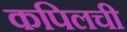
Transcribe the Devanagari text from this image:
कपिलची